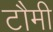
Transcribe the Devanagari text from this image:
टौमी